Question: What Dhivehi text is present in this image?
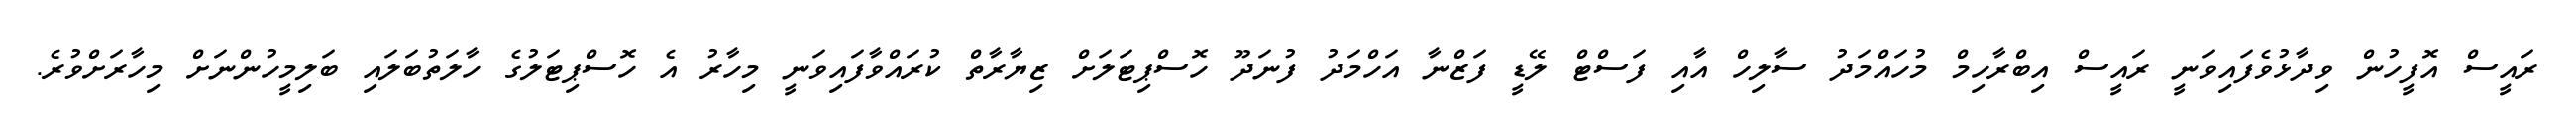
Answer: ރައީސް އޮފީހުން ވިދާޅުވެފައިވަނީ ރައީސް އިބްރާހިމް މުހައްމަދު ސާލިހް އާއި ފަސްޓް ލޭޑީ ފަޒްނާ އަހްމަދު ފުނަދޫ ހޮސްޕިޓަލަށް ޒިޔާރާތް ކުރައްވާފައިވަނީ މިހާރު އެ ހޮސްޕިޓަލުގެ ހާލަތުބަލައި ބަލިމީހުންނަށް މިހާރަށްވުރެ.